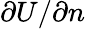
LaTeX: \partial U/\partial n